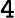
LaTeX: \mathtt{4}